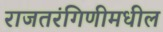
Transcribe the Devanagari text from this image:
राजतरंगिणीमधील